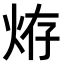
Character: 𤈊